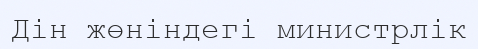
Дін жөніндегі министрлік